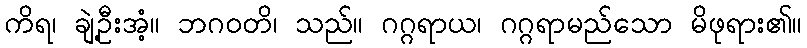
ကိရ၊ ချဲ့ဦးအံ့။ ဘဂဝတိ၊ သည်။ ဂဂ္ဂရာယ၊ ဂဂ္ဂရာမည်သော မိဖုရား၏။